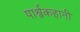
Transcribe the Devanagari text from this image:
पार्श्वकहानी